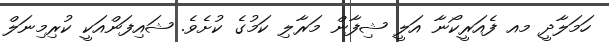
ހަމަލާދީ މއ ފެއަރީކޯނާ އަލީ ޝިފާން މަރާލި ކަމުގެ ކުށެވެ. ޝައިފަންއަކީ ކުރިމިނަލް